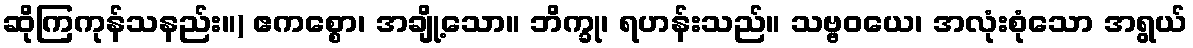
ဆိုကြကုန်သနည်း။) ဧကစ္စော၊ အချို့သော။ ဘိက္ခု၊ ရဟန်းသည်။ သဗ္ဗဝယေ၊ အလုံးစုံသော အရွယ်